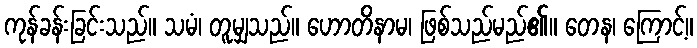
ကုန်ခန်းခြင်းသည်။ သမံ၊ တူမျှသည်။ ဟောတိနာမ၊ ဖြစ်သည်မည်၏။ တေန၊ ကြောင့်။